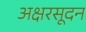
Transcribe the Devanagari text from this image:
अक्षरसूदन